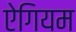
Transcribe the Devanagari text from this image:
ऐगियम